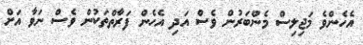
އެހެންވެ މަޖިލިސް މެންބަރުން ވެސް އަދި އެހެން ފަރާތްތަކުން ވެސް ނަވާ އަށް